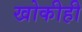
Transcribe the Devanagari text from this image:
खोकीही